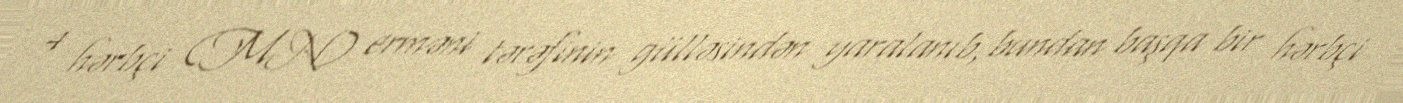
4 hərbçi (MN) erməni tərəfinin gülləsindən yaralanıb, bundan başqa bir hərbçi